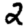
Digit: 2